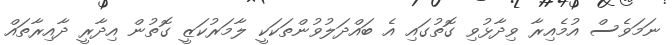
ނަމަވެސް އުމެއިރާ ވިދާޅުވި ގޮތުގައި އެ ބައްދަލުވުންތަކަކީ ލާމަރުކަޒީ ގޮތުން އިދާރީ ދާއިރާތައް